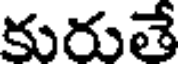
కురుతే